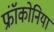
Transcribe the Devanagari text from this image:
फ्रॉंकोनिया